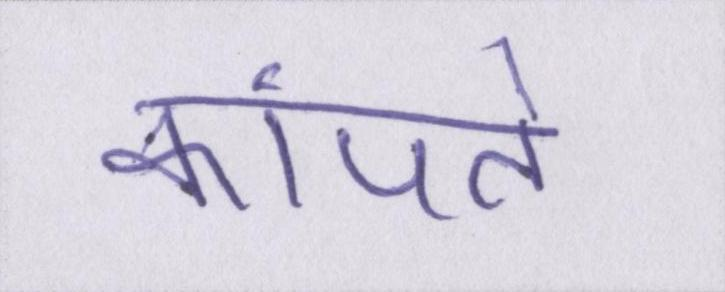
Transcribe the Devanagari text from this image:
कांपते